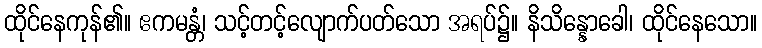
ထိုင်နေကုန်၏။ ဧကမန္တံ၊ သင့်တင့်လျောက်ပတ်သော အရပ်၌။ နိသိန္နောခေါ၊ ထိုင်နေသော။